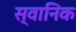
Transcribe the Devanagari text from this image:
स्वानिक